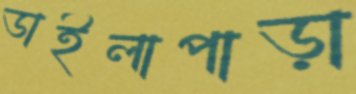
ডাইলাপাড়া